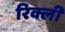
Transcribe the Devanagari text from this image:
रिक्ली